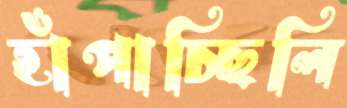
হাঁপাচ্ছিলি